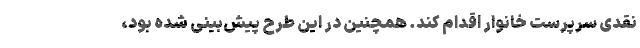
نقدی سرپرست خانوار اقدام کند. همچنین در این طرح پیش‌بینی شده بود،